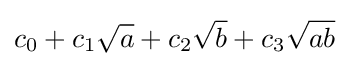
c_{0}+c_{1}{\sqrt {a}}+c_{2}{\sqrt {b}}+c_{3}{\sqrt {ab}}